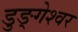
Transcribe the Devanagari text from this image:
डुङ्गेश्वर